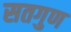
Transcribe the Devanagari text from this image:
सतगुण